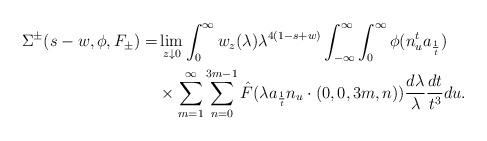
LaTeX: \begin{align*} \Sigma^{\pm}(s-w, \phi, F_{\pm})=&\lim_{z \downarrow 0}\int_0^\infty w_z(\lambda) \lambda^{4(1-s+w)} \int_{-\infty}^\infty \int_{0}^\infty \phi(n_{u}^t a_{\frac{1}{t}}) \\&\times\sum_{m=1}^\infty \sum_{n=0}^{3m-1} \hat{F}(\lambda a_{\frac{1}{t}} n_u \cdot (0,0,3m,n)) \frac{d\lambda}{\lambda} \frac{dt}{t^3} du. \end{align*}